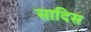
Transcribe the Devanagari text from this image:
सादिस